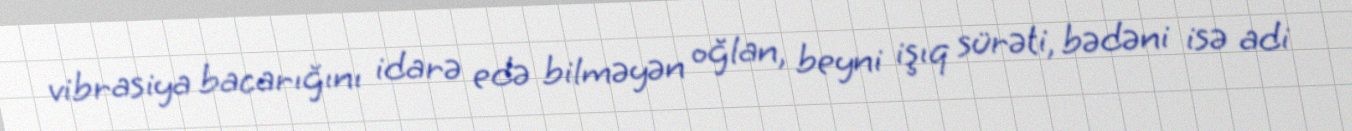
vibrasiya bacarığını idarə edə bilməyən oğlan, beyni işıq sürəti, bədəni isə adi